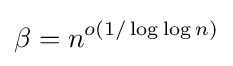
\beta =n^{o(1/\log {\log {n}})}